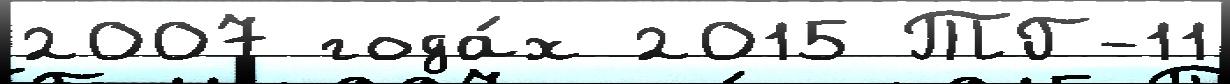
2007 года́х 2015 ТГ-11